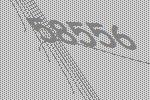
58556